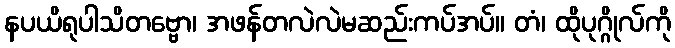
နပယိရုပါသိတဗ္ဗော၊ အဖန်တလဲလဲမဆည်းကပ်အပ်။ တံ၊ ထိုပုဂ္ဂိုလ်ကို